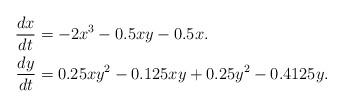
LaTeX: \begin{align*}\frac{dx}{dt} &=-2x^3-0.5xy-0.5x.\\\frac{dy}{dt} & =0.25xy^2-0.125xy+0.25y^2-0.4125y.\\ \end{align*}